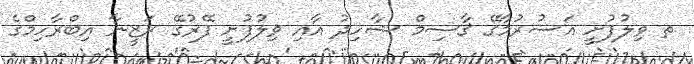
ތ ވިލުފުށީ އަސުރުމާގޭ ޤާސިމް ޝާހިދު އާއި ވިލުފުށީ ފޭރުގޭ ރަޒީނާ އިބްރާހިމްގެ